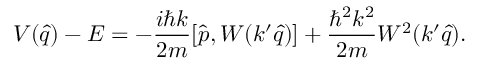
V ( \hat { q } ) - E = - \frac { i \hbar k } { 2 m } [ \hat { p } , W ( k ^ { \prime } \hat { q } ) ] + \frac { \hbar ^ { 2 } k ^ { 2 } } { 2 m } W ^ { 2 } ( k ^ { \prime } \hat { q } ) .